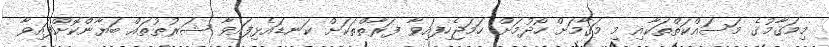
މިމަޤާމުގެ މަސައްކަތްތަކާއި މި މަޤާމަށް ހޯދުމަށް ހަމަޖެހިފައިވާ ފަރާތްތަކަށް ކަނޑައެޅިފައިވާ ޝަރުޠުތައް ބަޔާންކޮށްފައިވާ